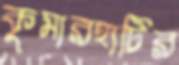
কুমারহাটির